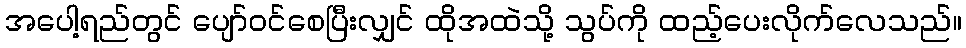
အပေါ့ရည်တွင် ပျော်ဝင်စေပြီးလျှင် ထိုအထဲသို့ သွပ်ကို ထည့်ပေးလိုက်လေသည်။